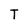
Character: T